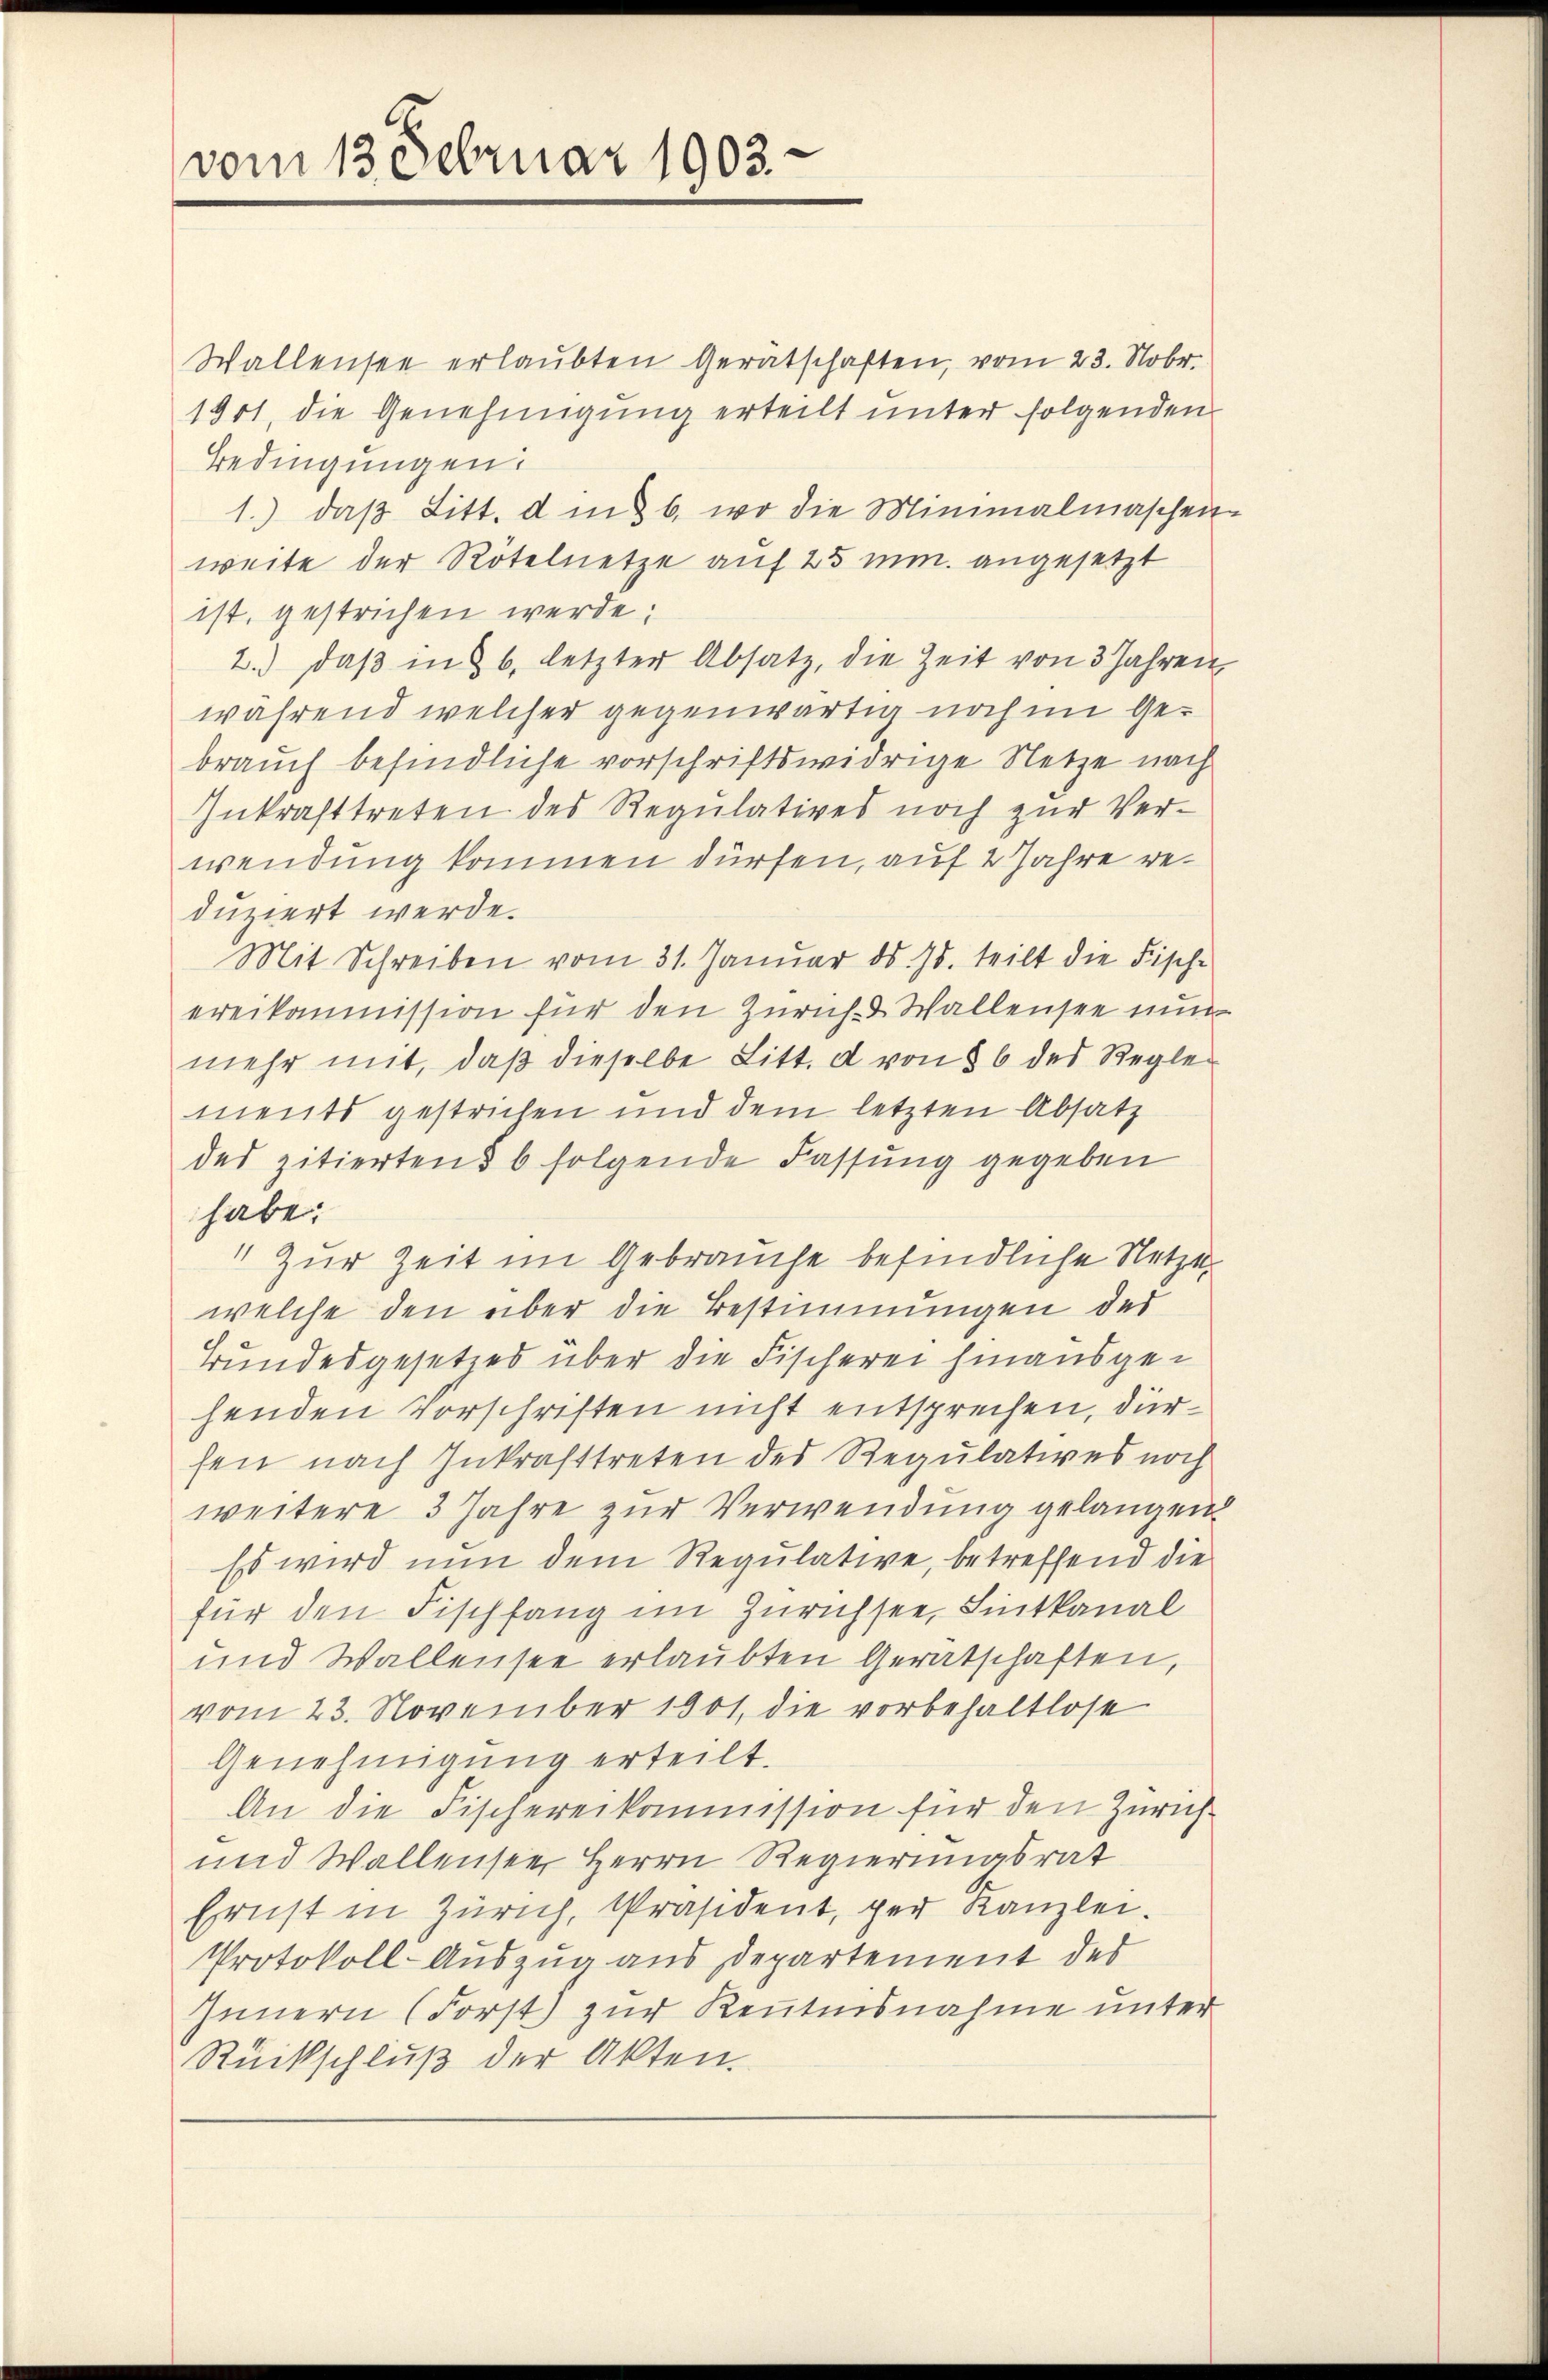
vom 13. Februar 1903.

Wallensee erlaubten Gerätschaften, vom 23. Nobr.
1901, die Genehmigung erteilt unter folgenden
Bedingungen:
1.) daβ Litt. d und b. wo die Minimalmaschen
weite der Rötelnetze auf 25 mm angesetzt
ist, gestrichen werde;
2.) daβ in § 6, letzter Absatz, die Zeit von 3 Jahren
während welcher gegenwärtig noch im Gebrauch befindliche vorschriftswidrige Netze nach
Inkrafttreten des Regulatives noch zur Ver-
wendung kommen dürfen, auf 2 Jahre reduziert werde.
Mit Schreiben vom 31. Januar ds. 95. teilt die Fische
ereikommission für den Zürich- & Wallensee nun
mehr mit, daβ dieselbe Litt. d von § 6 des Reglements gestrichen und dem letzten Absatz
des zitiertens 6 folgende Fassung gegeben
habe.
1 zur Zeit im Gebrauche befindliche Netze
welche den über die Bestimmungen des
Bundesgesetzes über die Fischerei hinausgehenden Vorschriften nicht entsprechen, dürfen nach Inkrafttreten des Regulatives noch
weitere 3 Jahre zur Verwendung gelangen.
Es wird nun dem Regulative, betreffend die
für den Fischfang im Zürichsee, Lintkanal
und Wallensee erlaubten Gerätschaften,
vom 23. November 1901, die vorbehaltlose
Genehmigung erteilt.
An die Fischereikommission für den Zürich
und Wallenseer Herrn Regierungsrat
Ernst in Zürich, Präsident, per Kanzlei.
Protokoll-Auszug aus Departement des
Innern (Forst) zur Kenntnisnahme unter
Rückschluß der Akten.